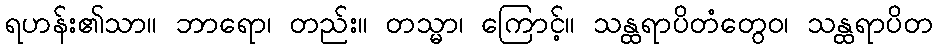
ရဟန်း၏သာ။ ဘာရော၊ တည်း။ တသ္မာ၊ ကြောင့်။ သန္ထရာပိတံတွေဝ၊ သန္ထရာပိတ